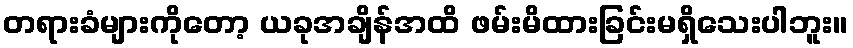
တရားခံများကိုတော့ ယခုအချိန်အထိ ဖမ်းမိထားခြင်းမရှိသေးပါဘူး။